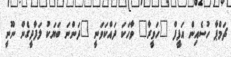
ޗަމްޕާ ހުސެއިން އަފީފް "ހަވީރާ" ވާހަކަ ދައްކަވަނީ "ދަންނަ ބަޔަކު ލަފާދީގެން ނޫނީ